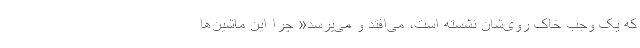
که یک وجب خاک روی‌شان نشسته است، می‌افتد و می‌پرسد« چرا این ماشین‌ها